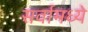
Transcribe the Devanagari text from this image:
सर्वामध्ये